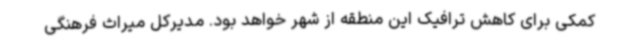
کمکی برای کاهش ترافیک این منطقه از شهر خواهد بود. مدیرکل میراث فرهنگی